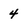
Character: 4